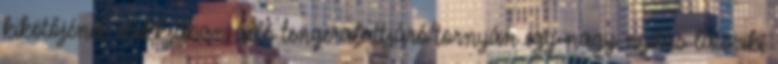
kikötőjének dokkjában álló tengeralattjáró tornyán egy nagy nyílás látszik,